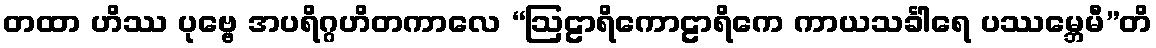
တထာ ဟိဿ ပုဗ္ဗေ အပရိဂ္ဂဟိတကာလေ “ဩဠာရိကောဠာရိကေ ကာယသင်္ခါရေ ပဿမ္ဘေမီ”တိ